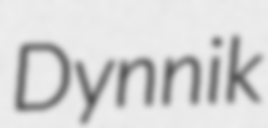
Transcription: Dynnik